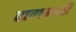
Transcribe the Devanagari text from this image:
रागमयी